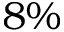
8 \%